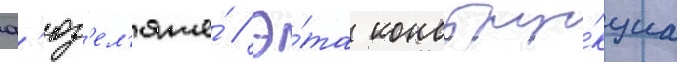
ф'юз'ел'яже́ // Э́та констру́кциа